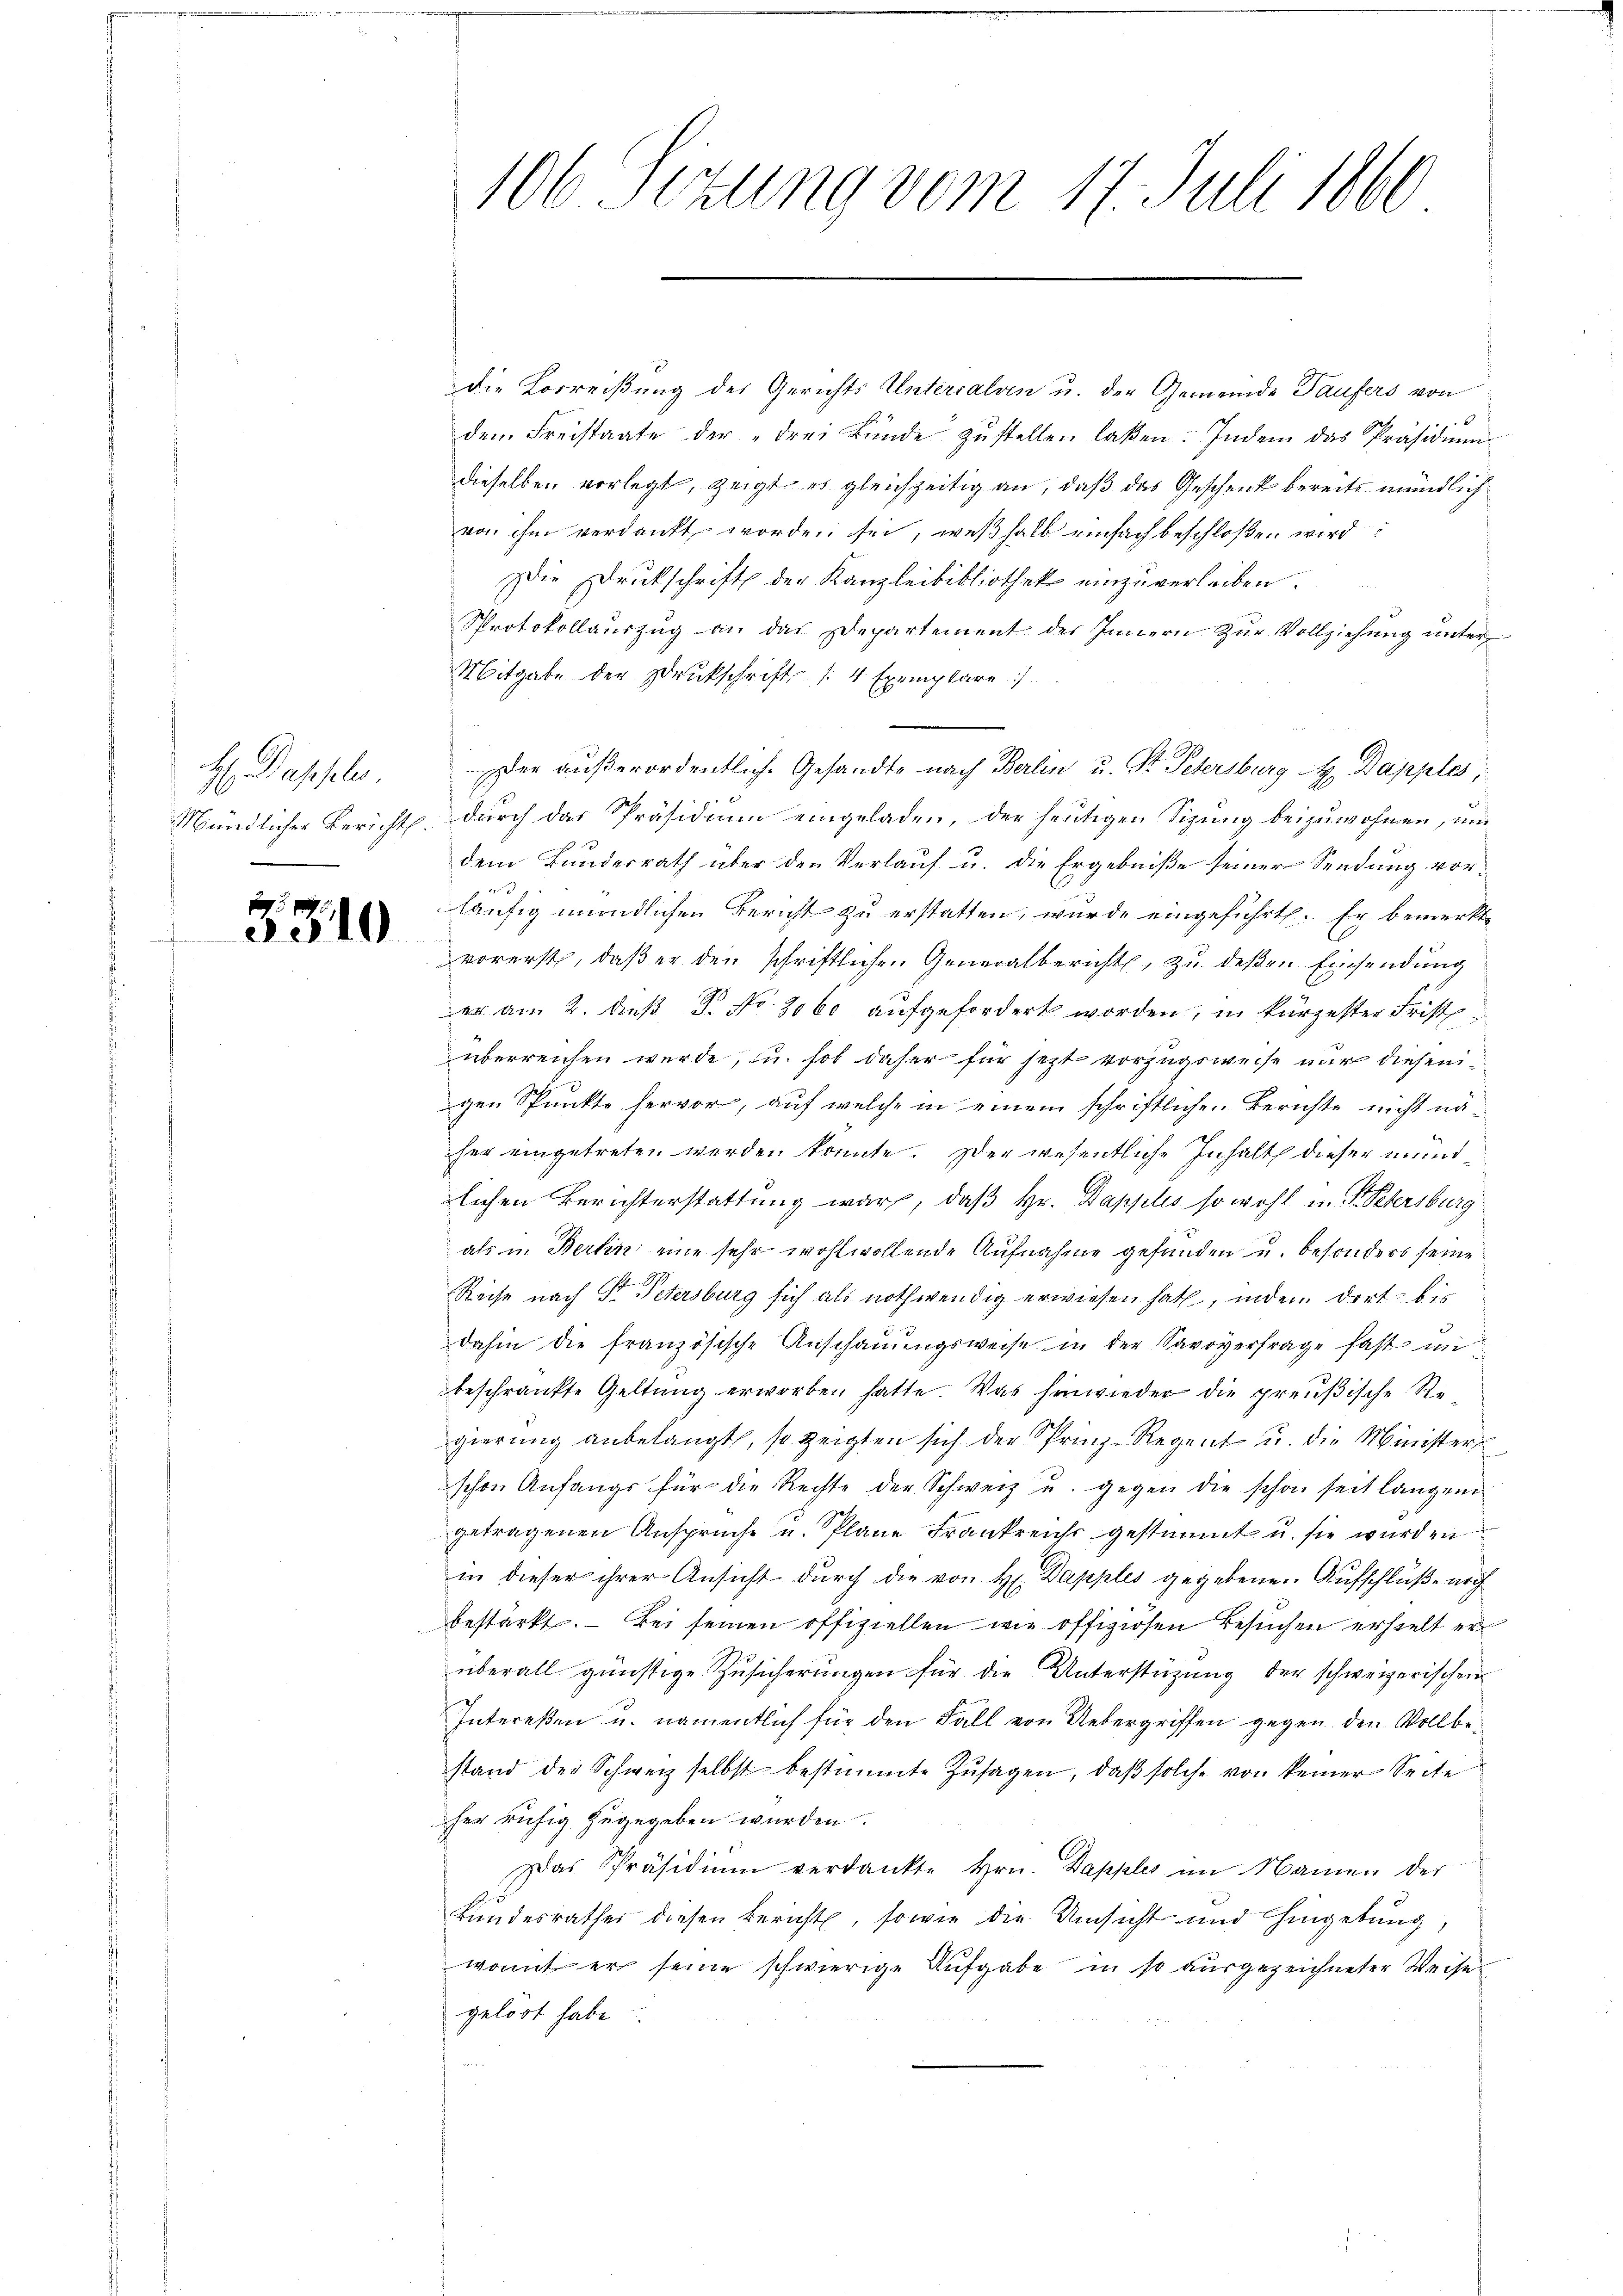
H. Dasseler.

35

1

die Vorreißung des Gerichts Unterialven u. der Gemeinde Taufers von
dem Freistaate der „drei künde zustellen laßen. Indem das Präsidium
dieselben vorlegt, zeigt es gleichzeitig an, daß das Geschenk bereits mündlich
von ihm verdankt worden sei, weßhalb einfach beschloßen wird:
Die Druckschrift der Kanzleibibliothek einzuverleiben.
Protokollaŭszŭg an das Departement des Innern zŭr Vollziehŭng ŭnter
Mitgabe der Druckschrift /: 4 Exemplare :/
Der außerordentliche Gesandte nach Berlin u. St. Petersburg . Dapples,
Mündlicher Bericht durch das Präsidium eingeladen, der heutigen Sizung beizuwohnen, um
dem Bundesrath über den Verlauf u. die Ergebniße seiner Sendung vorläufig unendlichen Bericht zu erstatten, wurde eingeführt. Er bemerkt,
vorerst, daß er den schriftlichen Generalbericht, zu deßen Einsendung
der am 2. dieß P. No. 2060 aufgefordert worden, in kürzester Frist
überreichen wurde, u. sol daher für jezt vorzugsweise nur diesengen Punkte hervor, auf welche in einem schriftlichen Berichte nicht näher eingetreten werden könnte. Der wesentliche Inhalt dieser mündlichen Berichterstattung war, daß Hr. Dapples so wohl in P. Petersburg
als in Berlin eine sehr wohlwollende Aufnahme gefunden u. besonders seine
Reise nach Sr. Petersburg sich als nothwendig erwiesen hat, indem dort bis
dahin die französische Anschaŭŭngsweise in der Savoyerfrage fast in
beschränkte Geltung erworben hatte. Was hinwieder die preußische Regierung anbelangt, so zeigten sich der Prinz-Regent u. die Ministers
schon Anfangs für die Rechte der Schweiz u. gegen die schon seit langem
getragenen Ansprüche u. Plane Frankreichs gestimmt u. sie wurden
in dieser ihrer Ansicht durch die von H. Dapples gegebenen Aufschlüße noch
bestärkt. – Bei seinen offiziellen wie offiziösen Besuchen erstelt er
überall günstige Zusicherungen für die Unterstüzung der schweizerischen
Intereßen u. namentlich für den Fall von Uebergriffen gegen den Vollbestand der Schweiz selbst bestimmte Zusagen, daß solche von keiner Seite
her ruhig zugegeben wurden.
Das Präsidiŭm verdankte Hrn. Dapples im Namen der
Bundesrathes diesen Bericht, sowie die Umsicht und hingebung,
womit er seine schwierige Aufgabe in so ausgezeichneter Weise
gelöst habe

106 Sitzung vom 17. Juli 1860